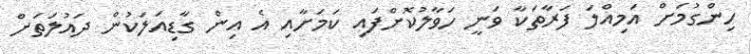
ހިންގުމަށް އަމިއްލަ ފަރާތަކާ ވަނީ ހަވާލުކޮށްފައި ކަމަށާއި އެ އިން ގާޑިއަލަކުން ދައުލަތަށް